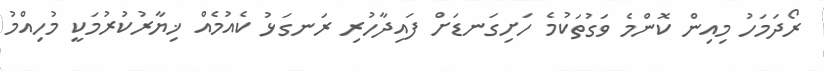
ރޯދަމަހު މިއިން ކޮންމެ ވަގުތަކުމެ ހަށިގަނޑަށް ފައިދާހުރި ރަނގަޅު ކެއުމެއް ޚިޔާރުކުރުމަކީ މުހިއްމު